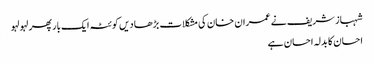
شہباز شریف نے عمران خان کی مشکلات بڑھا دیں	 کوئٹہ ایک بار پھر لہو لہو
احسان کا بدلہ احسان ہے